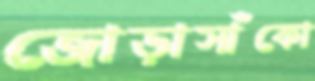
জোড়াসাঁকো